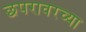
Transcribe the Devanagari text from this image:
छपरावरच्या